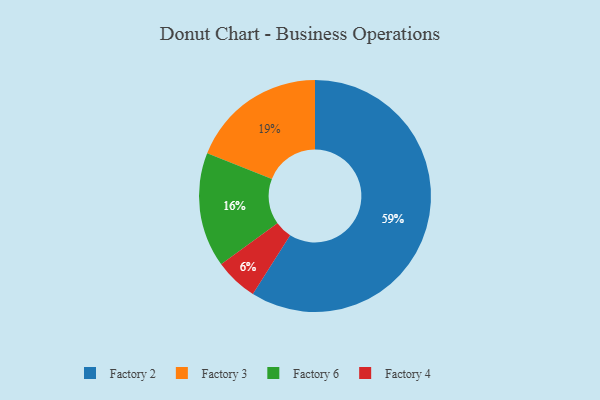
{"axis": {"x": "Category", "y": "Percentage"}, "legend": ["Factory 2", "Factory 3", "Factory 4", "Factory 6"], "data": [{"x": "Factory 2", "y": 59, "type": "Factory 2"}, {"x": "Factory 4", "y": 6, "type": "Factory 4"}, {"x": "Factory 6", "y": 16, "type": "Factory 6"}, {"x": "Factory 3", "y": 19, "type": "Factory 3"}]}